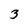
Character: 3